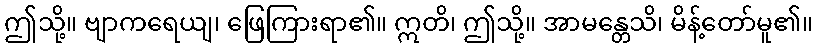
ဤသို့။ ဗျာကရေယျ၊ ဖြေကြားရာ၏။ ဣတိ၊ ဤသို့။ အာမန္တေသိ၊ မိန့်တော်မူ၏။